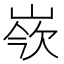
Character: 𡸛